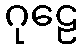
ဂုဠေ